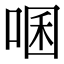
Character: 㖥